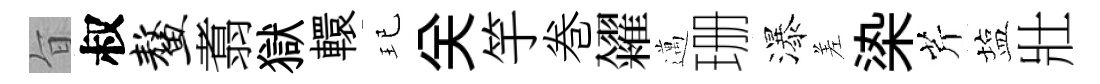
旨叔鳌翥獄轘玘关竽巻糴邁珊瀑差𣑱芹塩壯